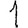
Digit: 1